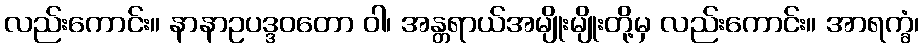
လည်းကောင်း။ နာနာဥပဒ္ဒဝတော ဝါ၊ အန္တရာယ်အမျိုးမျိုးတို့မှ လည်းကောင်း။ အာရက္ခံ၊